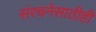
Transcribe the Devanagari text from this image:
संरचनेसाठीही